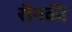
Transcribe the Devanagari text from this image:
रौनकी